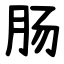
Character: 肠